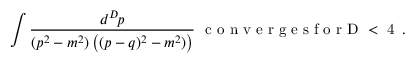
\int { \frac { d ^ { D } \! p } { ( p ^ { 2 } - m ^ { 2 } ) \left( ( p - q ) ^ { 2 } - m ^ { 2 } ) \right) } } \mathrm { ~ \ c ~ o ~ n ~ v ~ e ~ r ~ g ~ e ~ s ~ f ~ o ~ r ~ D ~ < ~ 4 ~ } \, .